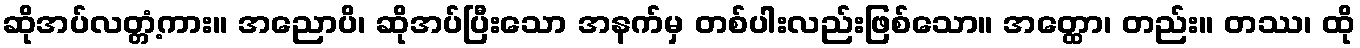
ဆိုအပ်လတ္တံ့ကား။ အညောပိ၊ ဆိုအပ်ပြီးသော အနက်မှ တစ်ပါးလည်းဖြစ်သော။ အတ္ထော၊ တည်း။ တဿ၊ ထို